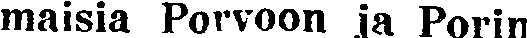
maisia Porvoon ja Porin